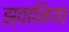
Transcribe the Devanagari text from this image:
झ्वानिया